Annual administration report of the Civil Veterinary Department of India - 1897-1898
Year: 1897
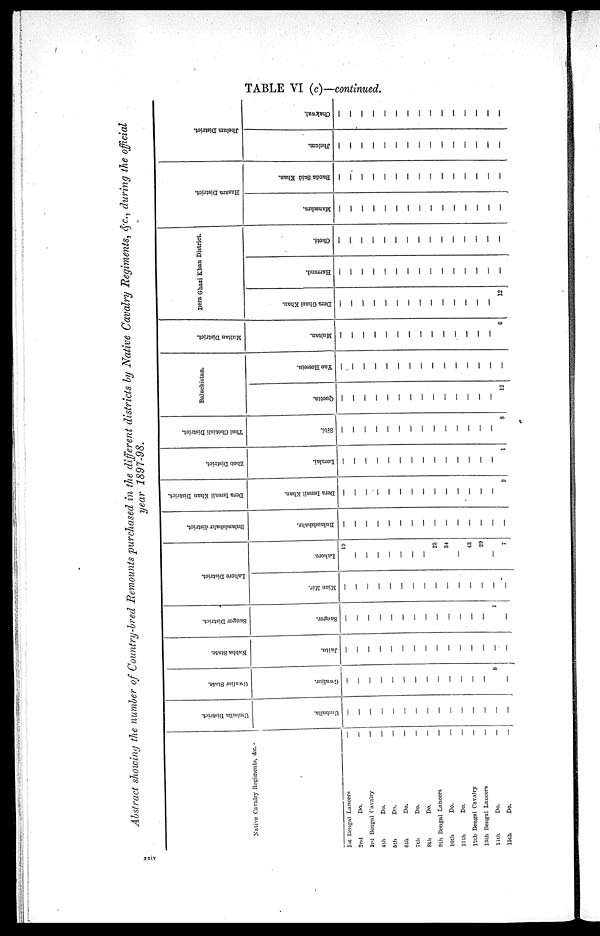
TABLE VI (c)—continued.
Abstract showing the number of Country—bred Remounts purchased in the different districts by Native Cavalry Regiments, &c., during the official
year 1897—98.
Native Cavalry Regiments, &c.
1st Bengal Lancers
2nd
Do.
3rd Bengal Cavalry
4 th
5th
6th
7th
8th
Do.
Do.
Do.
Do.
Do.
9th Bengal Lancers
10th
11th
Do.
Do.
12th Bengal Cavalry
13th Bengal Lancers
14th
l5th
Do.
Do.
—
—
—
—
—
—
—
—
—
—
—
—
—
—
—
Umballa District.
Umballa.
—
—
—
—
—
—
—
—
—
—
—
—
—
—
—
Gwalior State.
Gwalior.
—
—
—
—
—
—
—
—
—
—
—
—
—
8
—
Nabha State.
Jaitu.
—
—
—
—
—
—
—
—
—
—
—
—
—
—
—
Saugor District.
Saugor.
—
—
—
—
—
—
—
—
—
—
—
—
—
1
—
Lahore District.
Mian Mir.
—
—
—
—
—
—
—
—
—
—
—
—
—
—
—
Lahore.
10
—
—
—
—
—
—
—
25
34
—
43
29
—
7
Bulandshahr district.
Bulandshahr.
—
—
—
—
—
—
—
—
—
—
—
—
—
—
—
Dera Ismail Khan District.
Dera Ismail Khan.
—
—
—
—
—
—
—
—
—
—
—
—
—
2
Zhob District.
Loralai.
—
—
—
—
—
—
—
—
—
—
—
—
—
—
1
Thal Chotiali District.
Sibi.
—
—
—
—
—
—
—
—
—
—
—
—
—
—
8
Baluchistan.
Quetta.
—
—
—
—
—
—
—
—
—
—
—
—
—
—
12
Yao Hossein.
—
—
—
—
—
—
—
—
—
—
—
—
—
—
—
Multan District.
Multan.
—
—
—
—
—
—
—
—
—
—
—
—
—
—
6
Dera Ghazi Khan District.
Dera Ghazi Khan.
12
Harrand.
—
—
—
—
—
—
—
—
—
—
—
—
—
—
—
Choti.
—
—
—
—
—
—
—
—
—
—
—
—
—
—
—
Ha z a r
a Di st r i ct .
Manschra.
—
—
—
—
—
—
—
—
—
—
—
—
—
—
—
Banda Said Khan.
—
—
—
—
—
—
—
—
—
—
—
—
—
—
—
Jhelum District.
Jhelum.
—
—
—
—
—
—
—
—
—
—
—
—
—
—
—
Chakwal.
—
—
—
—
—
—
—
—
—
—
—
—
—
—
—
xxiv